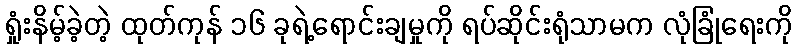
ရှုံးနိမ့်ခဲ့တဲ့ ထုတ်ကုန် ၁၆ ခုရဲ့ရောင်းချမှုကို ရပ်ဆိုင်းရုံသာမက လုံခြုံရေးကို